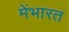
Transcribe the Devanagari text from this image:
मेंभारत